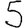
Digit: 5